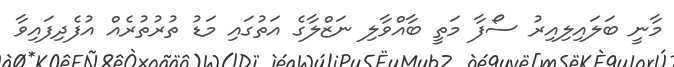
މާނީ ބަލައިލިއިރު ސޯފާ މަތީ ބާއްވާލި ނަޒްލާގެ އަތުގައި މަޑު ތުރުތުރެއް އުފެދިފައިވާ